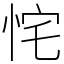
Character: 㤞